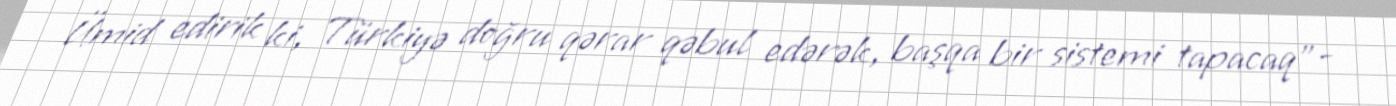
Ümid edirik ki, Türkiyə doğru qərar qəbul edərək, başqa bir sistemi tapacaq”-